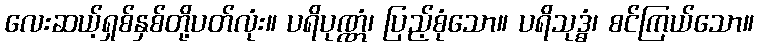
လေးဆယ့်ရှစ်နှစ်တို့ပတ်လုံး။ ပရိပုဏ္ဏံ၊ ပြည့်စုံသော။ ပရိသုဒ္ဓံ၊ စင်ကြယ်သော။